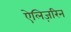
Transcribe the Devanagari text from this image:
ऐलिज़रिन